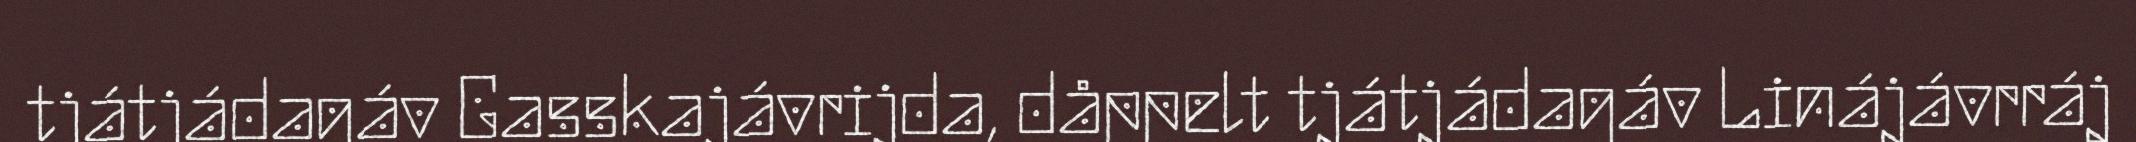
tjátjádagáv Gasskajávrijda, dåppelt tjátjádagáv Linájávrráj